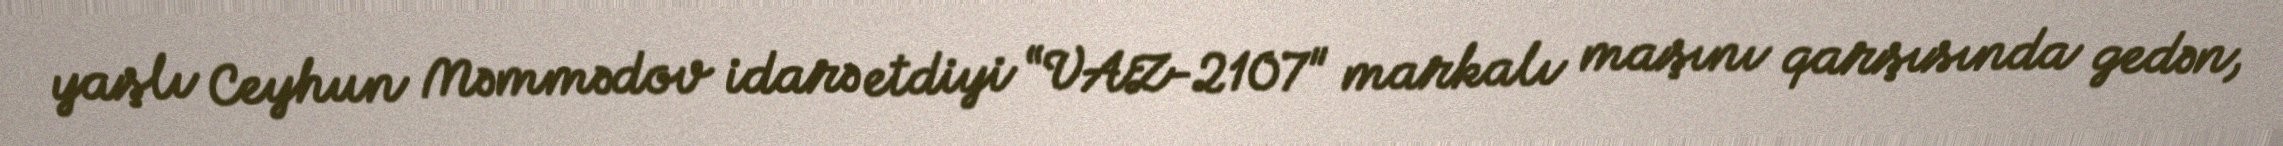
yaşlı Ceyhun Məmmədov idarə etdiyi “VAZ-2107" markalı maşını qarşısında gedən,